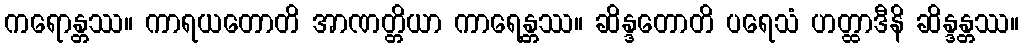
ကရောန္တဿ။ ကာရယတောတိ အာဏတ္တိယာ ကာရေန္တဿ။ ဆိန္ဒတောတိ ပရေသံ ဟတ္ထာဒီနိ ဆိန္ဒန္တဿ။